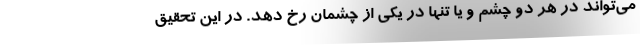
می‌تواند در هر دو چشم و یا تنها در یکی از چشمان رخ دهد. در این تحقیق